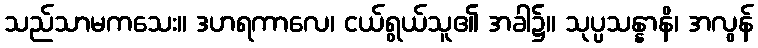
သည်သာမကသေး။ ဒဟရကာလေ၊ ငယ်ရွယ်သူ၏ အခါ၌။ သုပ္ပသန္နာနိ၊ အလွန်